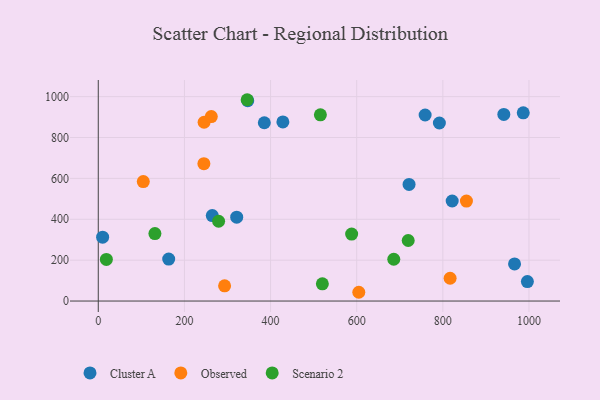
{"axis": {"x": "Investment", "y": "Yield"}, "legend": ["Cluster A", "Observed", "Scenario 2"], "data": [{"x": "721.6", "y": 570.6, "type": "Cluster A"}, {"x": "385.5", "y": 872.2, "type": "Cluster A"}, {"x": "966.5", "y": 181.6, "type": "Cluster A"}, {"x": "347.0", "y": 980.2, "type": "Cluster A"}, {"x": "792.0", "y": 871.0, "type": "Cluster A"}, {"x": "264.7", "y": 418.1, "type": "Cluster A"}, {"x": "758.9", "y": 910.1, "type": "Cluster A"}, {"x": "428.6", "y": 876.1, "type": "Cluster A"}, {"x": "986.7", "y": 920.7, "type": "Cluster A"}, {"x": "321.4", "y": 410.3, "type": "Cluster A"}, {"x": "821.7", "y": 489.5, "type": "Cluster A"}, {"x": "996.3", "y": 95.2, "type": "Cluster A"}, {"x": "163.5", "y": 205.2, "type": "Cluster A"}, {"x": "10.1", "y": 312.6, "type": "Cluster A"}, {"x": "941.6", "y": 912.9, "type": "Cluster A"}, {"x": "604.9", "y": 42.9, "type": "Observed"}, {"x": "293.3", "y": 74.3, "type": "Observed"}, {"x": "245.2", "y": 671.9, "type": "Observed"}, {"x": "854.8", "y": 489.3, "type": "Observed"}, {"x": "245.7", "y": 874.7, "type": "Observed"}, {"x": "816.9", "y": 111.4, "type": "Observed"}, {"x": "104.5", "y": 584.7, "type": "Observed"}, {"x": "262.4", "y": 902.7, "type": "Observed"}, {"x": "719.6", "y": 296.1, "type": "Scenario 2"}, {"x": "520.3", "y": 84.4, "type": "Scenario 2"}, {"x": "588.3", "y": 327.8, "type": "Scenario 2"}, {"x": "131.5", "y": 330.0, "type": "Scenario 2"}, {"x": "279.4", "y": 390.3, "type": "Scenario 2"}, {"x": "515.7", "y": 911.0, "type": "Scenario 2"}, {"x": "18.8", "y": 203.4, "type": "Scenario 2"}, {"x": "345.7", "y": 984.9, "type": "Scenario 2"}, {"x": "686.1", "y": 204.5, "type": "Scenario 2"}]}